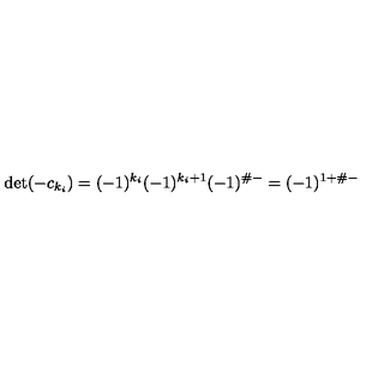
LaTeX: \det ( - c _ { k _ { i } } ) = ( - 1 ) ^ { k _ { i } } ( - 1 ) ^ { k _ { i } + 1 } ( - 1 ) ^ { \# - } = ( - 1 ) ^ { 1 + \# - }